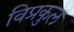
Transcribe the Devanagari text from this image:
विप्रकुल